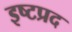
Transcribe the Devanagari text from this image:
इष्टप्रद